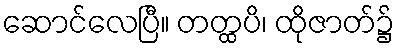
ဆောင်လေပြီ။ တတ္ထပိ၊ ထိုဇာတ်၌